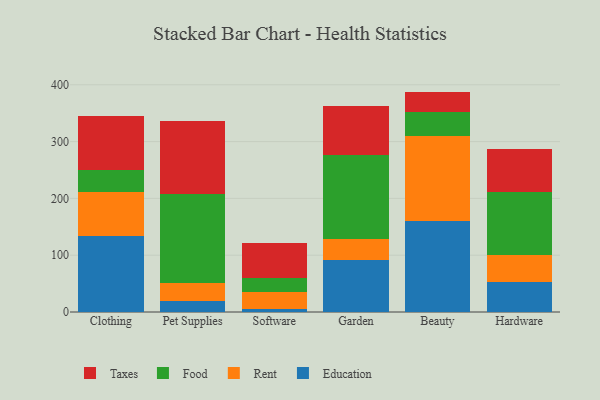
{"axis": {"x": "Category", "y": "Backlog"}, "legend": ["Education", "Food", "Rent", "Taxes"], "data": [{"x": "Clothing", "y": 133.2, "type": "Education"}, {"x": "Clothing", "y": 78.1, "type": "Rent"}, {"x": "Clothing", "y": 38.8, "type": "Food"}, {"x": "Clothing", "y": 94.7, "type": "Taxes"}, {"x": "Pet Supplies", "y": 19.3, "type": "Education"}, {"x": "Pet Supplies", "y": 32.2, "type": "Rent"}, {"x": "Pet Supplies", "y": 155.9, "type": "Food"}, {"x": "Pet Supplies", "y": 128.9, "type": "Taxes"}, {"x": "Software", "y": 5.5, "type": "Education"}, {"x": "Software", "y": 30.1, "type": "Rent"}, {"x": "Software", "y": 24.8, "type": "Food"}, {"x": "Software", "y": 60.7, "type": "Taxes"}, {"x": "Garden", "y": 92.3, "type": "Education"}, {"x": "Garden", "y": 36.8, "type": "Rent"}, {"x": "Garden", "y": 147.6, "type": "Food"}, {"x": "Garden", "y": 85.5, "type": "Taxes"}, {"x": "Beauty", "y": 160.8, "type": "Education"}, {"x": "Beauty", "y": 149.2, "type": "Rent"}, {"x": "Beauty", "y": 42.4, "type": "Food"}, {"x": "Beauty", "y": 35.6, "type": "Taxes"}, {"x": "Hardware", "y": 53.5, "type": "Education"}, {"x": "Hardware", "y": 47.0, "type": "Rent"}, {"x": "Hardware", "y": 111.1, "type": "Food"}, {"x": "Hardware", "y": 76.0, "type": "Taxes"}]}